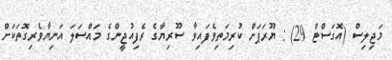
މަޖިލިސް (އޮގަސްޓް 29) : ޔޫރަޕަށް ކުރިމަތިވެފައިވާ ސޫރިޔާގެ ރެފިއުޖީންގެ މައްސަލަ އަނިޔާވެރިގޮތަކަށް